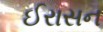
ઈરાસન